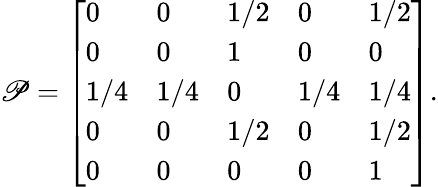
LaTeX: \mathscr{P}={\left[\begin{array}{lllll}{0}&{0}&{1/2}&{0}&{1/2}\\ {0}&{0}&{1}&{0}&{0}\\ {1/4}&{1/4}&{0}&{1/4}&{1/4}\\ {0}&{0}&{1/2}&{0}&{1/2}\\ {0}&{0}&{0}&{0}&{1}\end{array}\right]}.